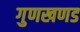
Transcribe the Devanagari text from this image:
गुणखणड